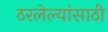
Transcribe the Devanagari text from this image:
ठरलेल्यांसाठी